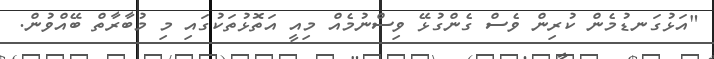
"އަޅުގަނޑުމެން ކުރިން ވެސް ގެންގުޅޭ ވިސްނުމެއް މިއީ އަތޮޅުތަކުގައި މި މުބާރާތް ބޭއްވުން.